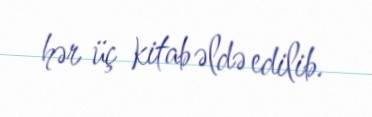
hər üç kitab əldə edilib.